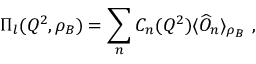
\Pi _ { l } ( Q ^ { 2 } , \rho _ { B } ) = \sum _ { n } C _ { n } ( Q ^ { 2 } ) \langle \widehat { O } _ { n } \rangle _ { \rho _ { B } } \ ,